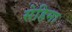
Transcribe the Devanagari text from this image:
सेहिमा